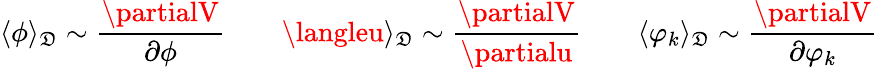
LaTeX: \langle\phi\rangle_{\mathfrak{D}}\sim\frac{{\partialV}}{{\partial\phi}}\qquad\langleu\rangle_{\mathfrak{D}}\sim\frac{{\partialV}}{{\partialu}}\qquad\langle\varphi_{k}\rangle_{\mathfrak{D}}\sim\frac{{\partialV}}{{\partial\varphi_{k}}}